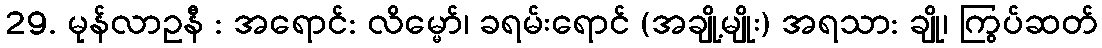
29. မုန်လာဥနီ : အရောင်: လိမ္မော်၊ ခရမ်းရောင် (အချို့မျိုး) အရသာ: ချို၊ ကြွပ်ဆတ်